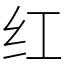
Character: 红